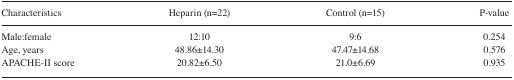
<table><thead><tr><td><b>Characteristics</b></td><td><b>Heparin (n=22)</b></td><td><b>Control (n=15)</b></td><td><b>P-value</b></td></tr></thead><tbody><tr><td>Male:female</td><td>12:10</td><td>9:6</td><td>0.254</td></tr><tr><td>Age, years</td><td>48.86±14.30</td><td>47.47±14.68</td><td>0.576</td></tr><tr><td>APACHE-II score</td><td>20.82±6.50</td><td>21.0±6.69</td><td>0.935</td></tr></tbody></table>